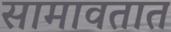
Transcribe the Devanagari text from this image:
सामावतात